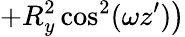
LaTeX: +R_{y}^{2}\cos^{2}(\omega z^{\prime})\big)